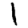
Digit: 1